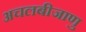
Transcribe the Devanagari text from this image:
अचलबीजाणु